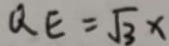
Q E = \sqrt { 3 } x